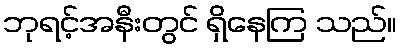
ဘုရင့်အနီးတွင် ရှိနေကြ သည်။